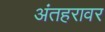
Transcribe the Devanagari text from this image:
अंतहरावर